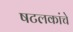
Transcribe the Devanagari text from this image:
षटलकांचे